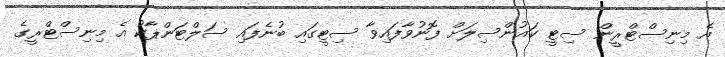
އެ މިނިސްޓްރީން ސިޓީ ކައުންސިލަށް ފޮނުވާފައިވާ ސިޓީގައި ބުނެފައި ސަލްޓަންޕާކު އެ މިނިސްޓްރީގެ